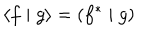
LaTeX: \left\langle f \mid g \right\rangle = \left( f ^ { * } \mid g \right)